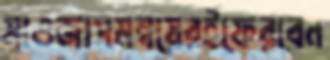
মাওজাসমন্বয়েরইফেরবেন